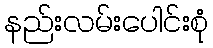
နည်းလမ်းပေါင်းစုံ